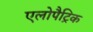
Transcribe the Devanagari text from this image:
एलोपैट्रिक